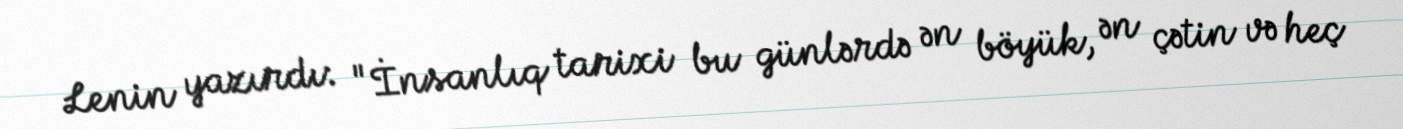
Lenin yazırdı: "İnsanlıq tarixi bu günlərdə ən böyük, ən çətin və heç